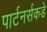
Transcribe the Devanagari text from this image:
पार्टनर्सकडे